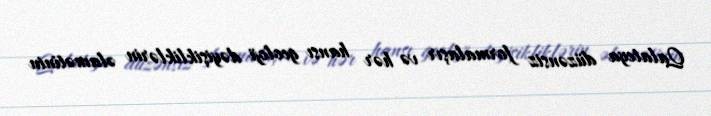
Qalateya düzənsiz formalaşır və hər hansı geoloji dəyişikliklərin əlamətinin